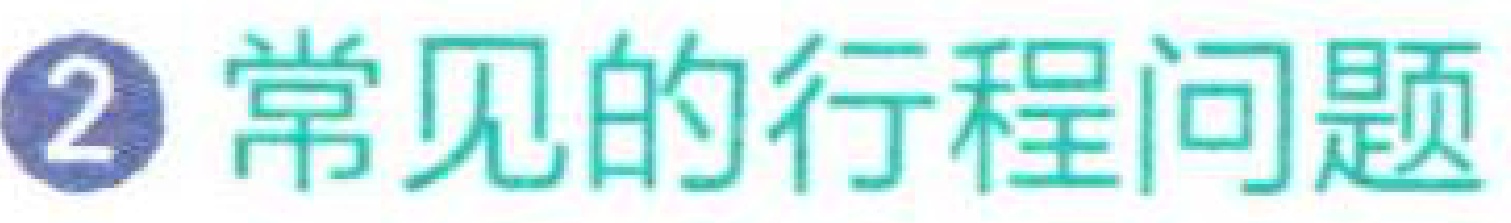
\textcircled{2} 常见的行程问题